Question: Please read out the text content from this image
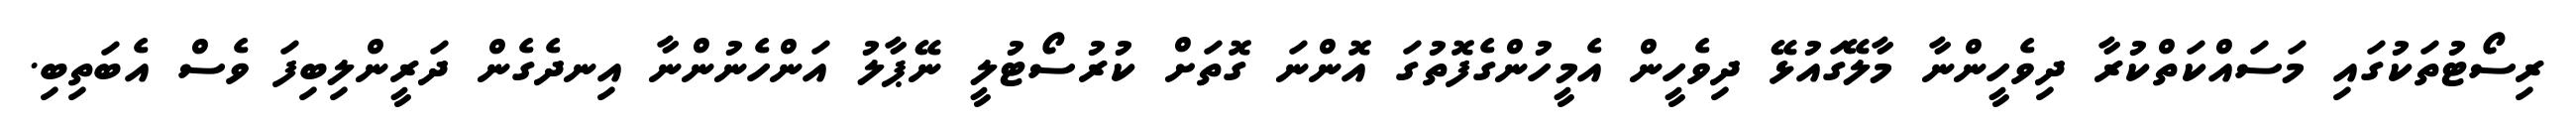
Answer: ރިސޯޓުތަކުގައި މަސައްކަތްކުރާ ދިވެހީންނާ މާލޭގައުޅޭ ދިވެހީން އެމީހުންގެފޮތުގަ އޮންނަ ގޮތަށް ކުރުސޯޓުލީ ނޭޕާލު އަންހެނުންނާ އިނދެގެން ދަރީންލިބިފަ ވެސް އެބަތިބި.